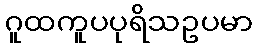
ဂူထကူပပုရိသဥပမာ